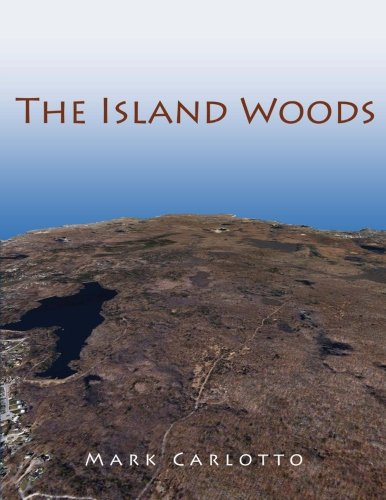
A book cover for The Island Woods: Abandoned Settlement, Granite Quarries, and Enigmatic Boulders of Cape Ann, Massachusetts; Mark Carlotto; History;